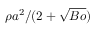
\rho { a } ^ { 2 } / ( 2 + \sqrt { B o } )